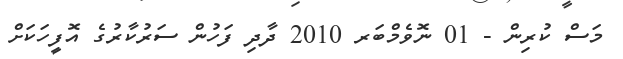
މަސް ކުރިން - 01 ނޮވެމްބަރ 2010 ދާދި ފަހުން ސަރުކާރުގެ އޮފީހަކަށް